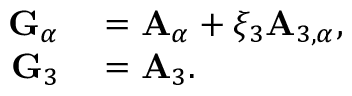
\begin{array} { r l } { { \bf { G } } _ { \alpha } } & { { } = { \bf { A } } _ { \alpha } + \xi _ { 3 } { \bf { A } } _ { 3 , \alpha } , } \\ { { \bf { G } } _ { 3 } } & { { } = { \bf { A } } _ { 3 } . } \end{array}